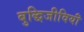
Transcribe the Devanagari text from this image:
बुद्धिजीवियॊं